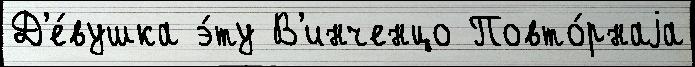
Д'е́вушка э́ту В'инченцо Повто́рнаjа